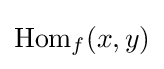
{\text{Hom}}_{f}(x,y)